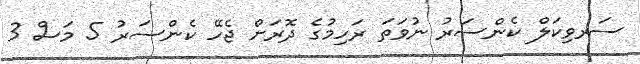
ސަރވިކަލް ކެންސަރު ނުވަތަ ރަހިމުގެ ދޮރަށް ޖެހޭ ކެންސަރު 5 މަސް 3